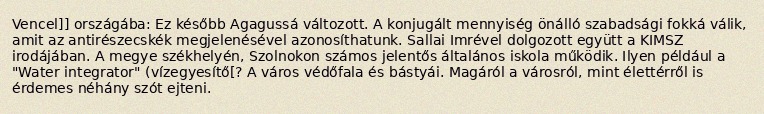
Vencel]] országába: Ez később Agagussá változott. A konjugált mennyiség önálló szabadsági fokká válik, amit az antirészecskék megjelenésével azonosíthatunk. Sallai Imrével dolgozott együtt a KIMSZ irodájában. A megye székhelyén, Szolnokon számos jelentős általános iskola működik. Ilyen például a "Water integrator" (vízegyesítő[? A város védőfala és bástyái. Magáról a városról, mint élettérről is érdemes néhány szót ejteni.